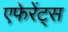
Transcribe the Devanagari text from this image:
एफेरेंट्स